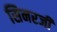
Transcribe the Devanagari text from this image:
सिनरजी